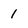
Character: 1